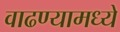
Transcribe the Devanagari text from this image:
वाढण्यामध्ये